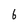
Character: b